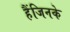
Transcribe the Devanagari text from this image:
हैंजिनके